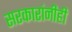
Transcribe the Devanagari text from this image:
सरकारांनीही